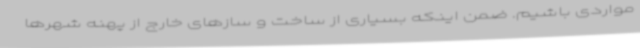
مواردی باشیم. ضمن اینکه بسیاری از ساخت و سازهای خارج از پهنه شهرها